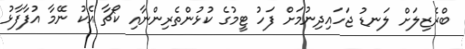
ބްރެޒިލަށް ލަނޑު ޖަހައިދިނުމަށް ފަހު ޓީމުގެ ކުޅުންތެރިންނާއި ކޯޗާ އެކު ނޭމާ އުފާފާޅު